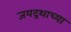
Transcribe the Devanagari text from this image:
जयद्रथाच्या